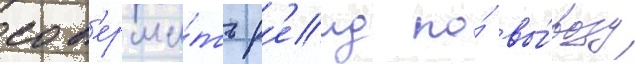
сов'ерши́ть р'еид по́ вы́возу